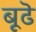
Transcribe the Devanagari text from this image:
बूढॆ